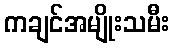
ကချင်အမျိုးသမီး